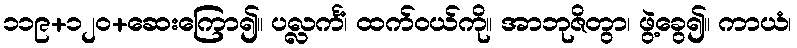
၁၁၉+၁၂၀+ဆေးကြော၍။ ပလ္လင်္ကံ၊ ထက်ဝယ်ကို။ အာဘုဇိတွာ၊ ဖွဲ့ခွေ၍။ ကာယံ၊